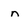
Character: n